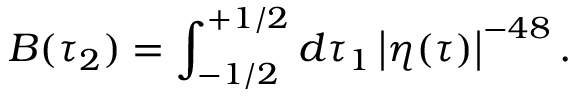
B ( \tau _ { 2 } ) = \int _ { - 1 / 2 } ^ { + 1 / 2 } d \tau _ { 1 } \left| \eta ( \tau ) \right| ^ { - 4 8 } .